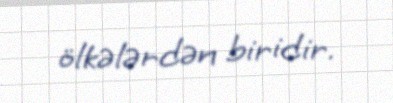
ölkələrdən biridir.